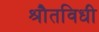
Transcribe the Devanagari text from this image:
श्रौतविधी